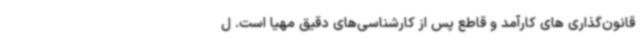
قانون‌گذاری های کارآمد و قاطع پس از کارشناسی‌های دقیق مهیا است. ل